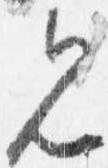
見